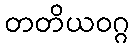
တတိယဝဂ္ဂ